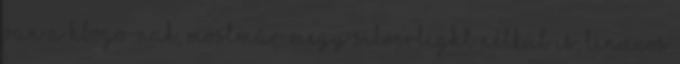
van a hbogo-nak, mostmár megy Silverlight nélkül is, linuxos